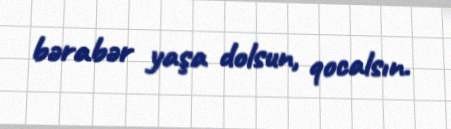
bərabər yaşa dolsun, qocalsın.